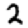
Digit: 2